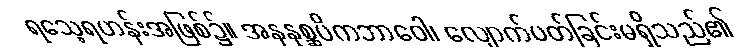
ရသေ့ရဟန်းအဖြစ်၌။ အနနုစ္ဆပိကဘာဝေါ၊ လျောက်ပတ်ခြင်းမရှိသည်၏